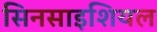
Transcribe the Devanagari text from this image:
सिनसाइशियल